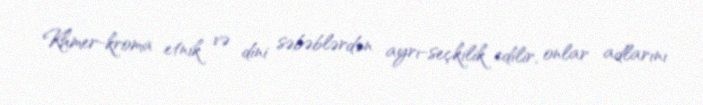
Khmer-kroma etnik və dini səbəblərdən ayrı-seçkilik edilir, onlar adlarını